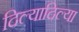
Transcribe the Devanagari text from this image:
दिल्यादिल्या